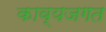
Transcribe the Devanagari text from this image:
काव्यजगत